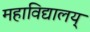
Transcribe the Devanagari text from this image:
महाविद्यालय्